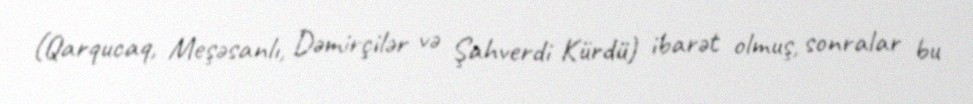
(Qarqucaq, Meşəsanlı, Dəmirçilər və Şahverdi Kürdü) ibarət olmuş, sonralar bu